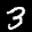
Label: 3